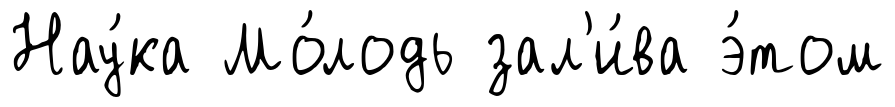
Нау́ка Мо́лодь зал'и́ва э́том